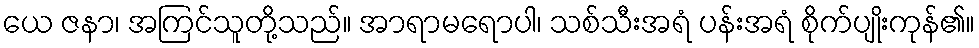
ယေ ဇနာ၊ အကြင်သူတို့သည်။ အာရာမရောပါ၊ သစ်သီးအရံ ပန်းအရံ စိုက်ပျိုးကုန်၏။